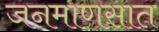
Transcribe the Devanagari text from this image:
जनमाणसात